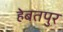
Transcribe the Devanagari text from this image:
हेबतपुर